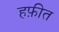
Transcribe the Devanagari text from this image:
हफ़ीत